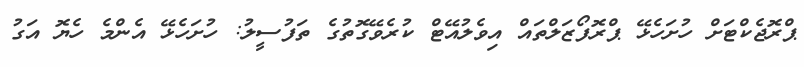
ޕްރޮޖެކްޓަށް ހުށަހެޅޭ ޕްރޮފޯޒަލްތައް އިވެލުއޭޓް ކުރެވޭގޮތުގެ ތަފުސީލު: ހުށަހެޅޭ އެންމެ ހެޔޮ އަގު